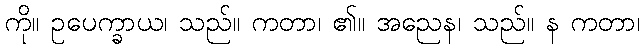
ကို။ ဥပေက္ခာယ၊ သည်။ ကတာ၊ ၏။ အညေန၊ သည်။ န ကတာ၊